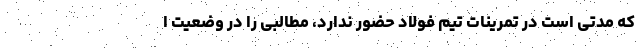
که مدتی است در تمرینات تیم فولاد حضور ندارد، مطالبی را در وضعیت ا